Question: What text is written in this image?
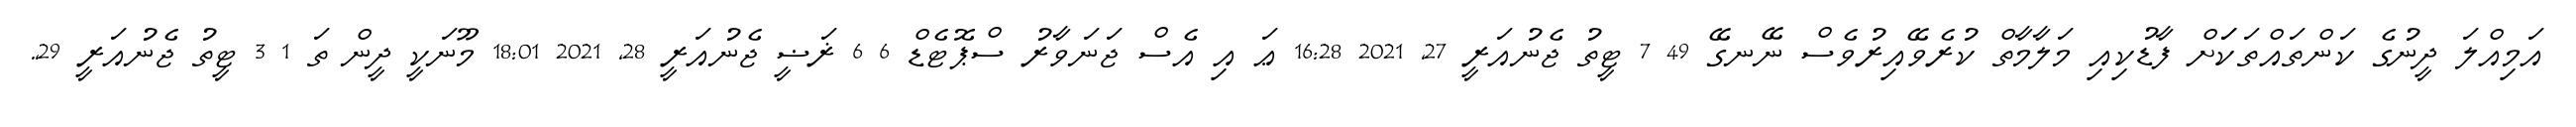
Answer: އަމިއްލަ ދީނުގެ ކަންތައްތަކަަށް ފާޑުކިއި މަލާމާތް ކުރެވޭއިރުވެސް ނޭނގޭ 49 7 ޓީތު ޖެނުއަރީ 27, 2021 16:28 ޢަ އި އެސް ޖަނަވާރު ސްޕޮޓެޑް 6 6 ޜަޟީ ޖެނުއަރީ 28, 2021 18:01 މޫނަކީ ދީން ތަ 1 3 ޓީތު ޖެނުއަރީ 29,.